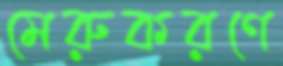
মেরুকরণে